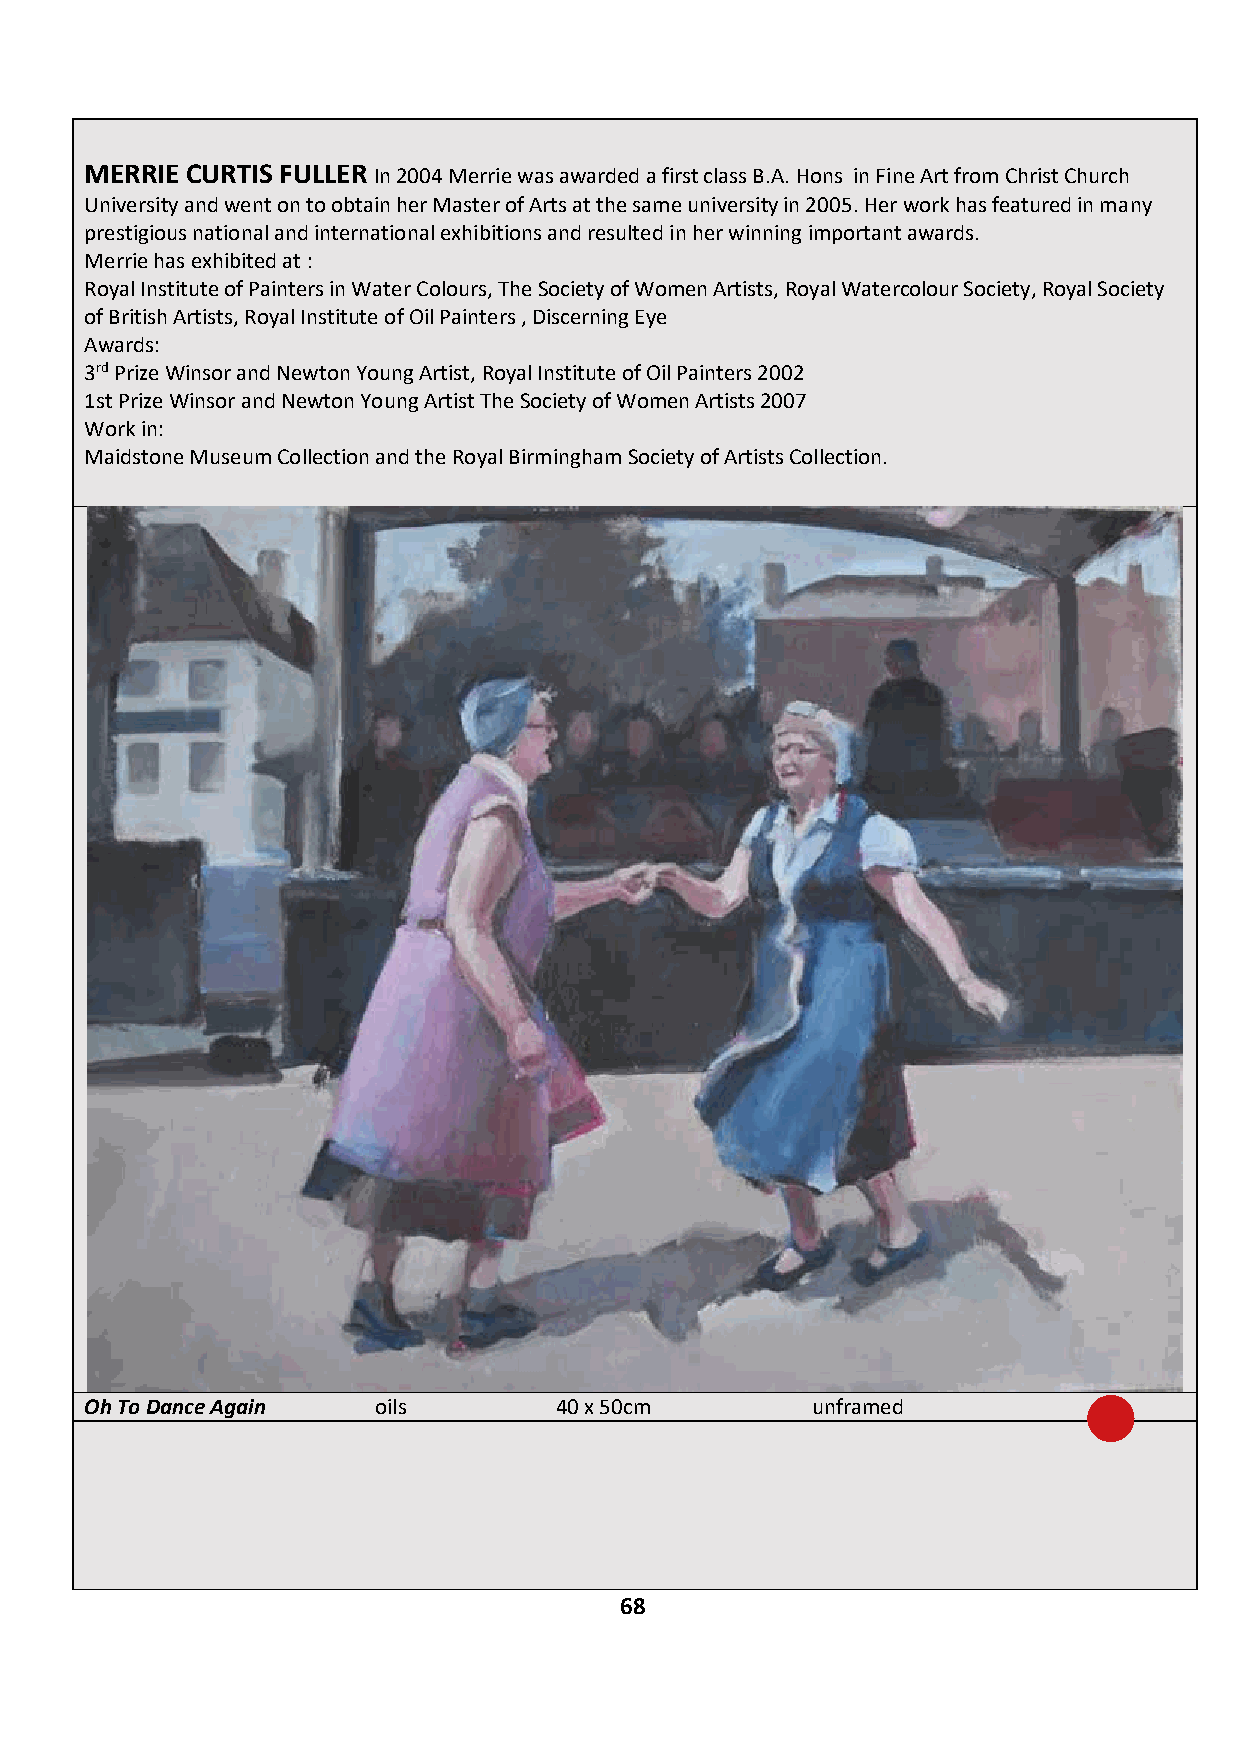
MERRIE CURTIS FULLER In 2004 Merrie was awarded a first class B.A. Hons in Fine Art from Christ Church
 University and went on to obtain her Master of Arts at the same university in 2005. Her work has featured in many
 prestigious national and international exhibitions and resulted in her winning important awards.
 Merrie has exhibited at :
 Royal Institute of Painters in Water Colours, The Society of Women Artists, Royal Watercolour Society, Royal Society
 of British Artists, Royal Institute of Oil Painters , Discerning Eye
 Awards:
 3rd Prize Winsor and Newton Young Artist, Royal Institute of Oil Painters 2002
 1st Prize Winsor and Newton Young Artist The Society of Women Artists 2007
 Work in:
 Maidstone Museum Collection and the Royal Birmingham Society of Artists Collection.
 Oh To Dance Again  oils        40 x 50cm        unframed          £400
 IF YOU ARE INTERESTED IN BUYING THIS WORK CONTACT: JAMES GLENNIE – 07799 307 437
 68